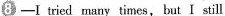
⑧——I tried many times,but I still